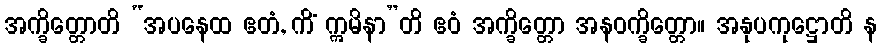
အက္ခိတ္တောတိ “အပနေထ ဧတံ, ကိံ ဣမိနာ”တိ ဧဝံ အက္ခိတ္တော အနဝက္ခိတ္တော။ အနုပကုဋ္ဌောတိ န